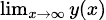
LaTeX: \scriptstyle\operatorname*{lim}_{x\to\infty}y(x)